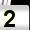
Digit: 2